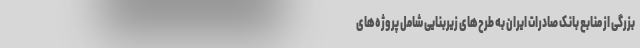
بزرگی از منابع بانک صادرات ایران به طرح‌های زیربنایی شامل پروژه‌های